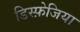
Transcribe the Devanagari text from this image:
डिस्फ़ेजिया